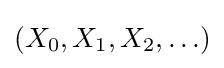
(X_{0},X_{1},X_{2},\ldots )